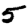
Digit: 5